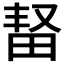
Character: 𬏆